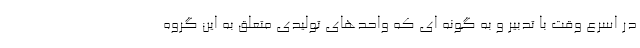
در اسرع وقت با تدبیر و به گونه ای که واحدهای تولیدی متعلق به این گروه